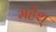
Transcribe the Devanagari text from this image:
महेश्